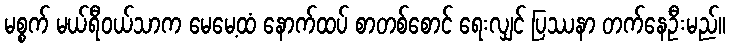
မစ္စက် မယ်ရီဝယ်သာက မေမေ့ထံ နောက်ထပ် စာတစ်စောင် ရေးလျှင် ပြဿနာ တက်နေဦးမည်။